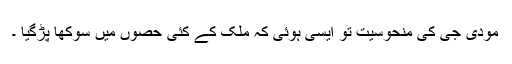
مودی جی کی منحوسیت تو ایسی ہوئی کہ ملک کے کئی حصوں میں سوکھا پڑگیا ۔